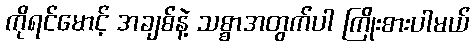
ကိုရင်မောင့် အချစ်နဲ့ သစ္စာအတွက်ပါ ကြိုးစားပါမယ်